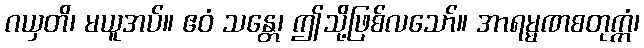
ဂယှတိ၊ မယူအပ်။ ဧဝံ သန္တေ၊ ဤသို့ဖြစ်လသော်။ အာရမ္မဏစတုက္ကံ၊